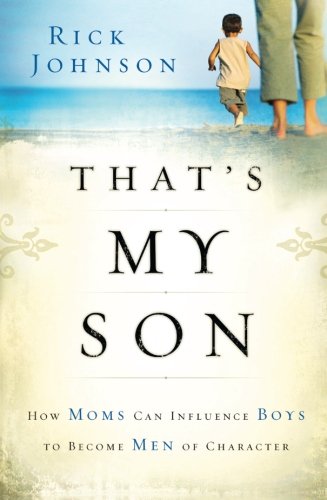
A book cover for That's My Son: How Moms Can Influence Boys to Become Men of Character; Rick Johnson; Parenting & Relationships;